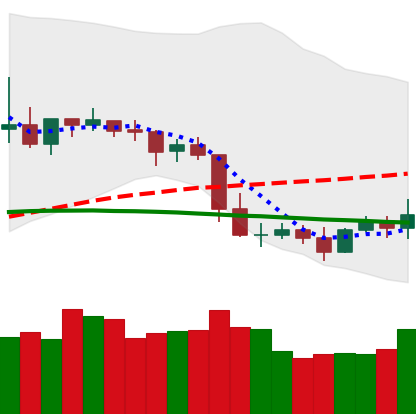
Ticker: XLM-USD
Chart end date: 2019-05-03
Forward return: -8.405%
Label: down_7plus